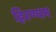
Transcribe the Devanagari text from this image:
हिरण्यम